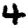
Digit: 4